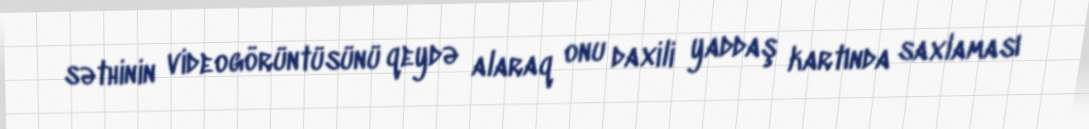
səthinin videogörüntüsünü qeydə alaraq onu daxili yaddaş kartında saxlaması